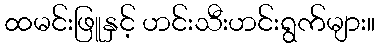
ထမင်းဖြူနှင့် ဟင်းသီးဟင်းရွက်များ။